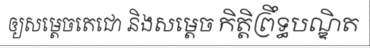
ឲ្យសម្តេចតេជោ និងសម្តេច កិត្តិព្រឹទ្ធបណ្ឌិត